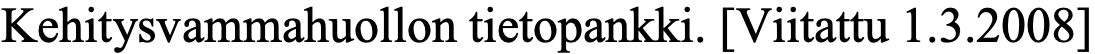
Kehitysvammahuollon tietopankki. [Viitattu 1.3.2008]